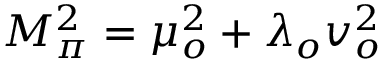
M _ { \pi } ^ { 2 } = \mu _ { o } ^ { 2 } + \lambda _ { o } v _ { o } ^ { 2 }